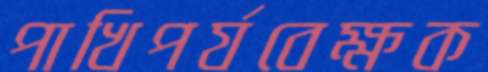
পাখিপর্যবেক্ষক